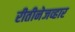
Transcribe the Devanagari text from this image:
रीतीनेजव्हार